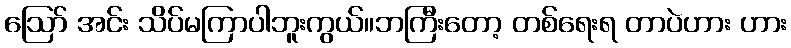
ဪ အင်း သိပ်မကြာပါဘူးကွယ်။ဘကြီးတော့ တစ်ရေးရ တာပဲဟား ဟား